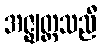
အဇ္ဈတ္တသညီ